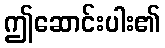
ဤဆောင်းပါး၏